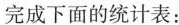
完成下面的统计表：